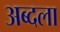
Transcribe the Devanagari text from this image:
अब्दला